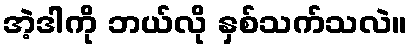
အဲ့ဒါကို ဘယ်လို နှစ်သက်သလဲ။